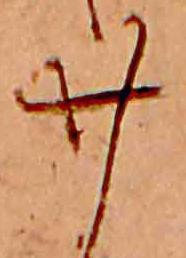
廿